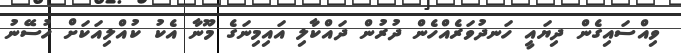
ވިއްސައިގެން ދިޔައީ ހަނދުވަރެއްހެން ދުރުން ދައްކާލި އައިމިނަގެ މޫނާ އެކު ކުއްލިއަކަށް ހުސޭނު